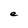
Character: e